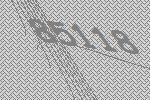
85118